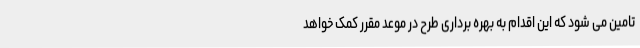
تامین می شود که این اقدام به بهره برداری طرح در موعد مقرر کمک خواهد